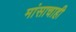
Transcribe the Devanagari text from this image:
मांसाचाही